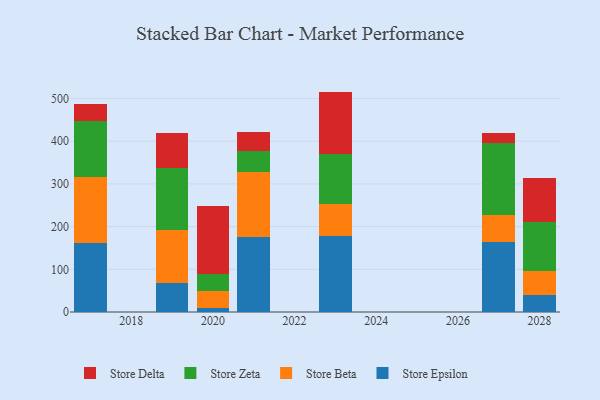
{"axis": {"x": "Year", "y": "Churn Rate (%)"}, "legend": ["Store Beta", "Store Delta", "Store Epsilon", "Store Zeta"], "data": [{"x": "2027", "y": 163.0, "type": "Store Epsilon"}, {"x": "2027", "y": 64.4, "type": "Store Beta"}, {"x": "2027", "y": 168.5, "type": "Store Zeta"}, {"x": "2027", "y": 24.0, "type": "Store Delta"}, {"x": "2028", "y": 38.9, "type": "Store Epsilon"}, {"x": "2028", "y": 57.6, "type": "Store Beta"}, {"x": "2028", "y": 115.3, "type": "Store Zeta"}, {"x": "2028", "y": 102.3, "type": "Store Delta"}, {"x": "2021", "y": 175.0, "type": "Store Epsilon"}, {"x": "2021", "y": 154.1, "type": "Store Beta"}, {"x": "2021", "y": 49.1, "type": "Store Zeta"}, {"x": "2021", "y": 42.4, "type": "Store Delta"}, {"x": "2019", "y": 66.8, "type": "Store Epsilon"}, {"x": "2019", "y": 126.4, "type": "Store Beta"}, {"x": "2019", "y": 143.3, "type": "Store Zeta"}, {"x": "2019", "y": 83.2, "type": "Store Delta"}, {"x": "2020", "y": 10.1, "type": "Store Epsilon"}, {"x": "2020", "y": 39.2, "type": "Store Beta"}, {"x": "2020", "y": 40.6, "type": "Store Zeta"}, {"x": "2020", "y": 157.7, "type": "Store Delta"}, {"x": "2017", "y": 160.9, "type": "Store Epsilon"}, {"x": "2017", "y": 156.4, "type": "Store Beta"}, {"x": "2017", "y": 130.0, "type": "Store Zeta"}, {"x": "2017", "y": 39.7, "type": "Store Delta"}, {"x": "2023", "y": 177.6, "type": "Store Epsilon"}, {"x": "2023", "y": 75.6, "type": "Store Beta"}, {"x": "2023", "y": 117.5, "type": "Store Zeta"}, {"x": "2023", "y": 145.6, "type": "Store Delta"}]}